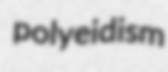
polyeidism